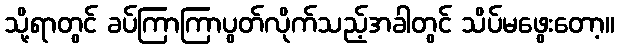
သို့ရာတွင် ခပ်ကြာကြာပွတ်လိုက်သည့်အခါတွင် သိပ်မဖွေးတော့။